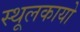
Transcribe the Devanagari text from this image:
स्थूलकायो